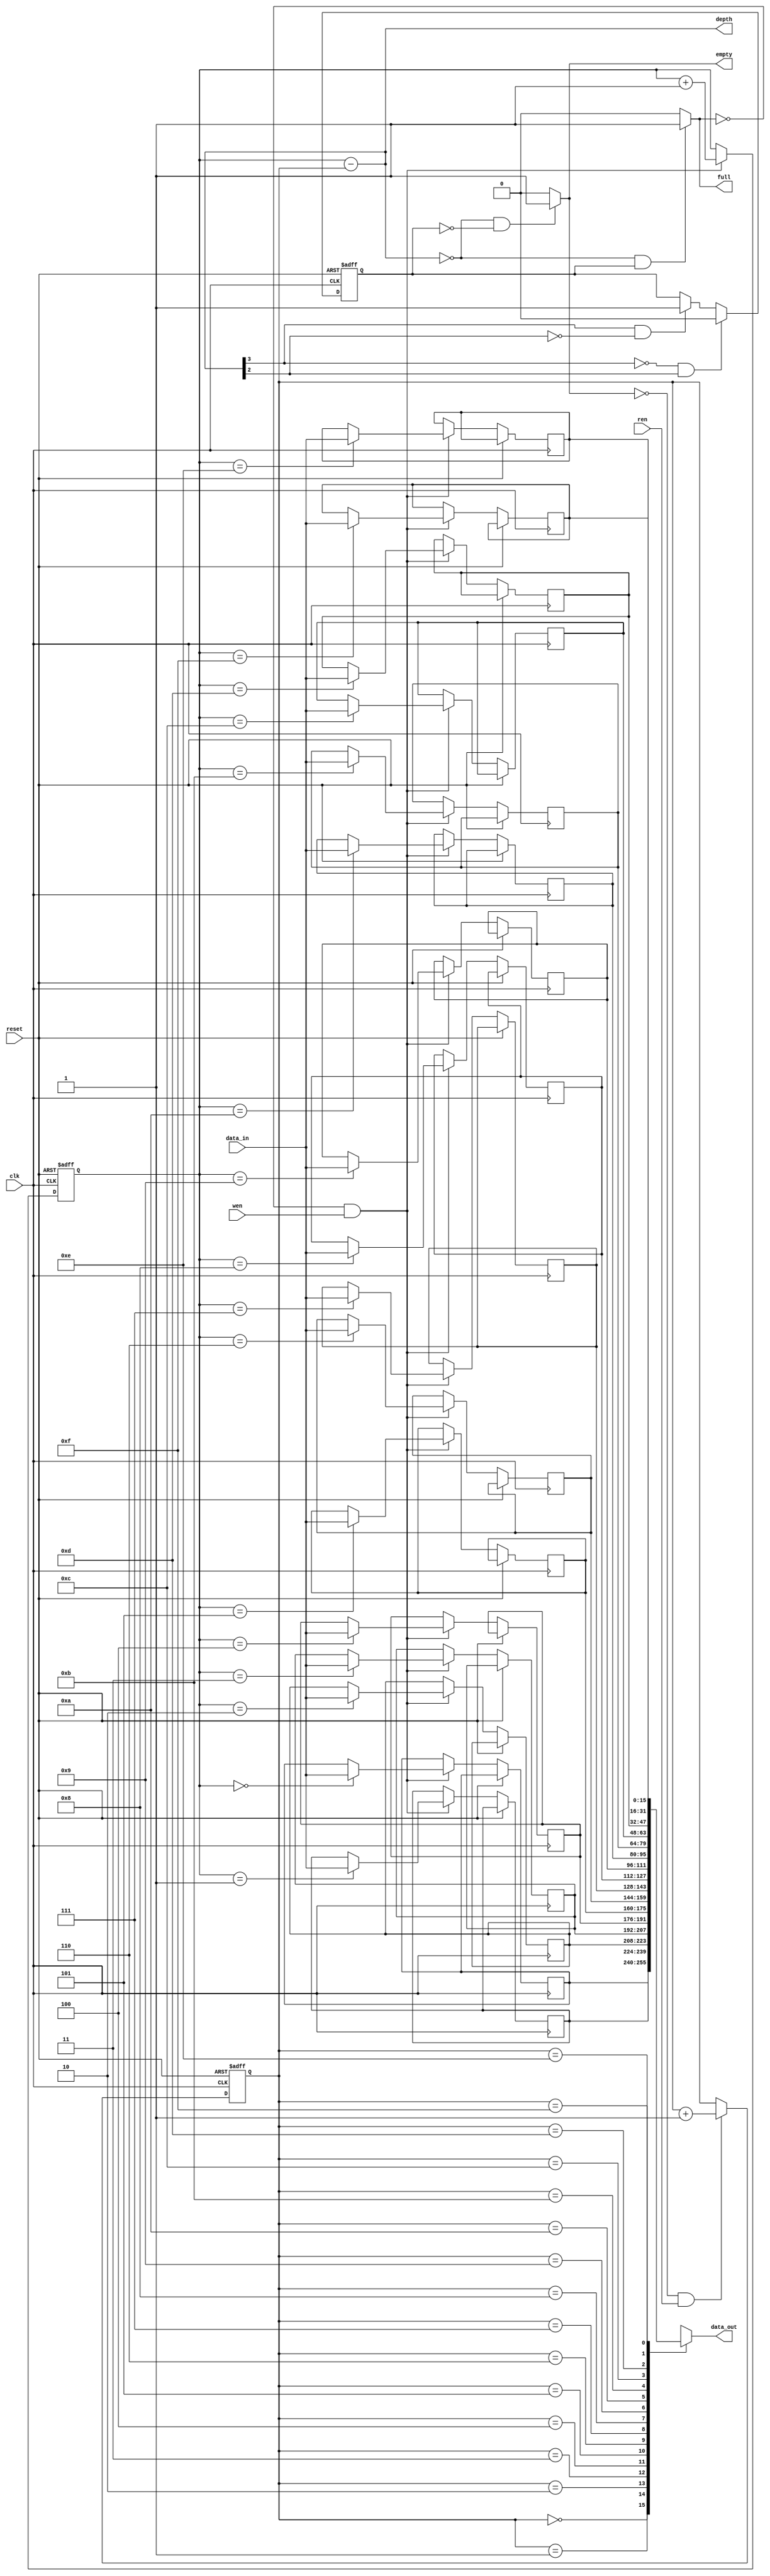
//////////////////////////////////////////////////////////////////////////////
//
// Copyright (c) 2014 Gandhi Puvvada, EE-Systems, VSoE, USC
//
// This design exercise, its solution, and its test-bench are confidential items.
// They are University of Southern California's (USC's) property. All rights are reserved.
// Students in our courses have right only to complete the exercise and submit it as part of their course work.
// They do not have any right on our exercise/solution or even on their completed solution as the solution contains our exercise.
// Students would be violating copyright laws besides the University's Academic Integrity rules if they post or convey to anyone
// either our exercise or our solution or their solution. 
// 
// THIS COPYRIGHT NOTICE MUST BE RETAINED AS PART OF THIS FILE (AND ITS SOLUTION AND/OR ANY OTHER DERIVED FILE) AT ALL TIMES.
//
//////////////////////////////////////////////////////////////////////////////
//
// A student would be violating the University's Academic Integrity rules if he/she gets help in writing or debugging the code 
// from anyone other than the help from his/her lab partner or his/her teaching team members in completing the exercise(s). 
// However he/she can discuss with fellow students the method of solving the exercise. 
// But writing the code or debugging the code should not be with the help of others. 
// One should never share the code or even look at the code of others (code from classmates or seniors 
// or any code or solution posted online or on GitHub).
// 
// THIS NOTICE OF ACADEMIC INTEGRITY MUST BE RETAINED AS PART OF THIS FILE (AND ITS SOLUTION AND/OR ANY OTHER DERIVED FILE) AT ALL TIMES.
//
//////////////////////////////////////////////////////////////////////////////



// Design       : fifo_reg_array_sc 
// Here, we use only n-bit pointers for wrptr and rdptr, instead of (n+1)-bit pointers.
// Signals almost_empty and almost_full are used so that when the two pointers meet, we know, whether the fifo is actually
// full or empty. Note that this method works only for single clock fifo.
// Modified on 10/30/2014: signal "depth" is added to the port list
// Modified on 2/16/2020: Threshold checking for almost empty and almost full was simplified.

`timescale 1 ns/100 ps

module fifo_reg_array_sc (clk, reset, data_in, wen, ren, data_out, depth, empty, full);

parameter DATA_WIDTH = 16;
parameter ADDR_WIDTH = 4;

input clk, reset;
input wen, ren; // the read or write request for CPU
input [DATA_WIDTH-1:0] data_in;

output [DATA_WIDTH-1:0] data_out;
output [ADDR_WIDTH-1:0] depth;
output empty, full;

reg [ADDR_WIDTH-1:0] rdptr, wrptr; //read pointer and write pointer of FIFO
wire [ADDR_WIDTH-1:0] depth;
wire wenq, renq;// read and write enable for FIFO
reg full, empty;

reg [DATA_WIDTH-1:0] Reg_Array [(2**ADDR_WIDTH)-1:0];// FIFO array
reg AE_AF_flag; // zero means almost empty and one means almost full
wire  raw_almost_empty, raw_almost_full;


wire [ADDR_WIDTH-1:0] N_zeros = {(ADDR_WIDTH){1'b0}};


assign depth = wrptr - rdptr;


// task #1: complete the two assign statements using as few and as small gates as possible 
// (and using as few higher-order bits of depth as possible).
assign raw_almost_full  = (depth[3] && ~depth[2]);
assign raw_almost_empty = (~depth[3] && depth[2]);


always@(*)
begin
	empty = 1'b0;
	full = 1'b0;
//task #2: fill in the conditions for signal "empty" and "full".
	if ( (depth == 4'b0000) & (AE_AF_flag == 1'b0)  )
		empty = 1'b1;
	if ( (depth == 4'b0000) & (AE_AF_flag == 1'b1)  ) 
		full = 1'b1;
end

assign wenq = (~full) & wen;// only if the FIFO is not full and there is write request from CPU, we enable the write to FIFO.
assign renq = (~empty)& ren;// only if the FIFO is not empty and there is read request from CPU, we enable the read to FIFO.
assign data_out = Reg_Array[rdptr];

always@(posedge clk, posedge reset)
begin
    if (reset)
		begin
			wrptr <= N_zeros;
			rdptr <= N_zeros;
			AE_AF_flag <= 1'b0;
		end
	else
		begin
// task #3: complete these two if statements.  You may want to refer to the n-plus-1 pointer design
			if (wenq) 
				begin
					Reg_Array[wrptr[ADDR_WIDTH-1:0]] <= data_in;
					wrptr <= wrptr + 1;
				end
			if (renq)
				begin
					rdptr <= rdptr + 1;
				end
			
// task #4: complete set and reset of AE_AF_flag (zero means almost empty and one means almost full).
			if (raw_almost_full)
					AE_AF_flag <= 1'b1;
			if (raw_almost_empty)
					AE_AF_flag <= 1'b0;
		end
end

endmodule // fifo_reg_array_sc